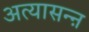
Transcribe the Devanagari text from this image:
अत्यासन्ऩ